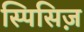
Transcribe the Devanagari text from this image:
स्पिसिज़